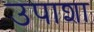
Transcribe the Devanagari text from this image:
उपाशा